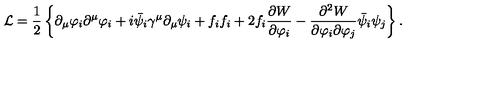
{ \cal L } = \frac { 1 } { 2 } \left\{ \partial _ { \mu } \varphi _ { i } \partial ^ { \mu } \varphi _ { i } + i \bar { \psi } _ { i } \gamma ^ { \mu } \partial _ { \mu } \psi _ { i } + f _ { i } f _ { i } + 2 f _ { i } \frac { \partial { W } } { \partial \varphi _ { i } } - \frac { \partial ^ { 2 } { W } } { \partial \varphi _ { i } \partial \varphi _ { j } } \bar { \psi } _ { i } \psi _ { j } \right\} .